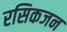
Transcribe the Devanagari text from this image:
रसिकजन